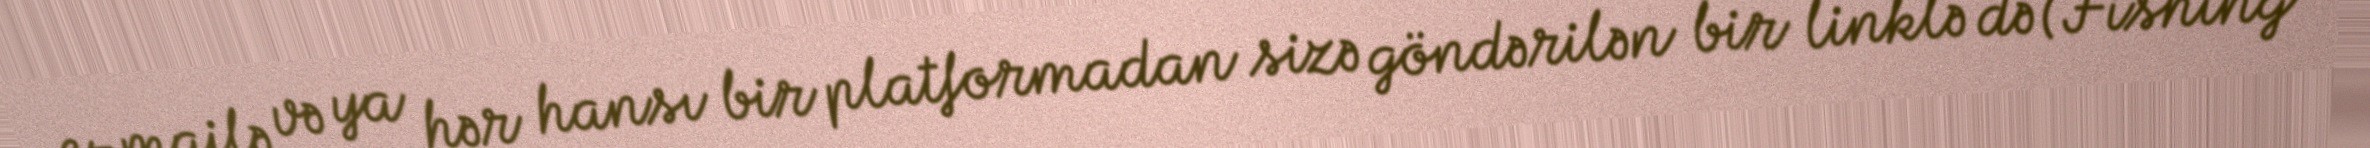
e-mailə və ya hər hansı bir platformadan sizə göndərilən bir linklə də (Fishing